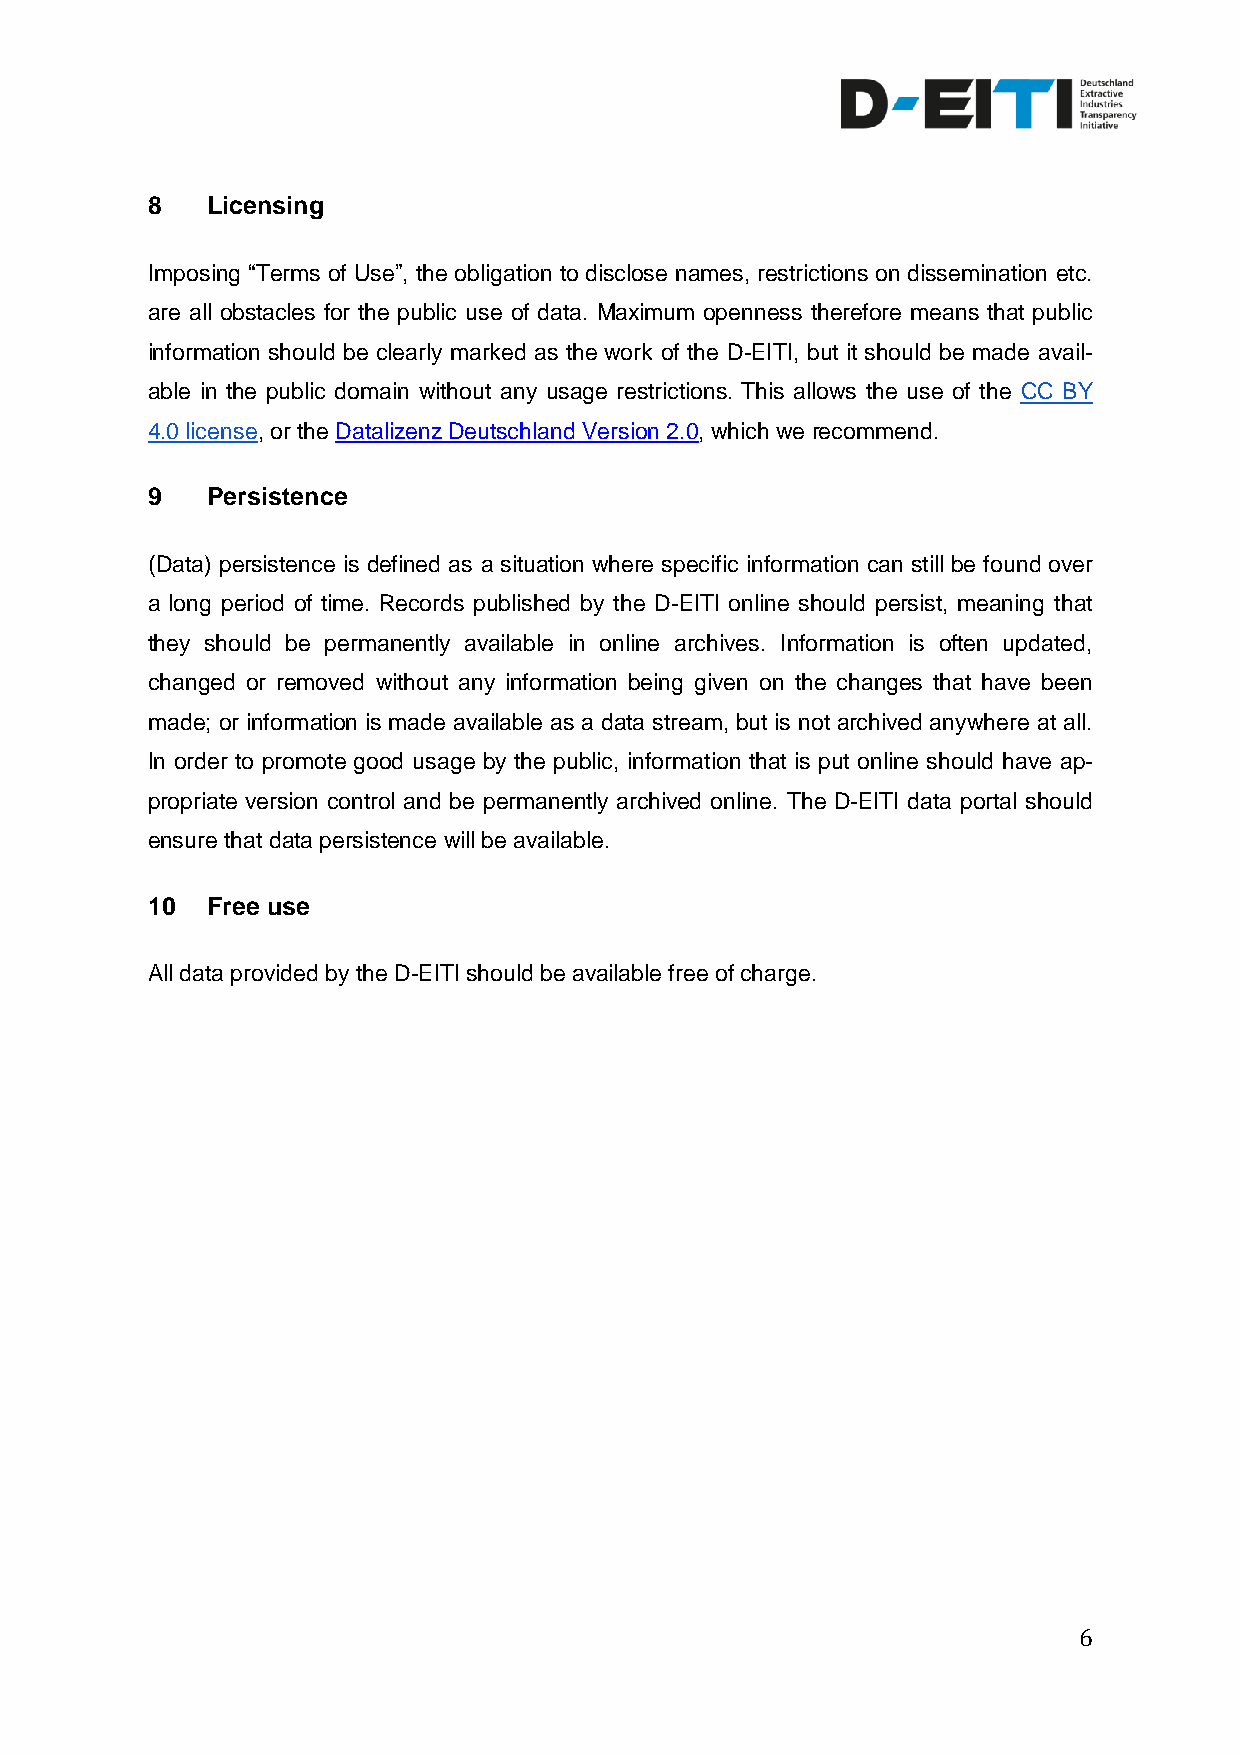
8   Licensing
 Imposing “Terms of Use”, the obligation to disclose names, restrictions on dissemination etc.
 are all obstacles for the public use of data. Maximum openness therefore means that public
 information should be clearly marked as the work of the D-EITI, but it should be made avail-
 able in the public domain without any usage restrictions. This allows the use of the CC BY
 4.0 license, or the Datalizenz Deutschland Version 2.0, which we recommend.
 9   Persistence
 (Data) persistence is defined as a situation where specific information can still be found over
 a long period of time. Records published by the D-EITI online should persist, meaning that
 they should be permanently available in online archives. Information is often updated,
 changed or removed without any information being given on the changes that have been
 made; or information is made available as a data stream, but is not archived anywhere at all.
 In order to promote good usage by the public, information that is put online should have ap-
 propriate version control and be permanently archived online. The D-EITI data portal should
 ensure that data persistence will be available.
 10  Free use
 All data provided by the D-EITI should be available free of charge.
 6